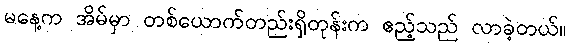
မနေ့က အိမ်မှာ တစ်ယောက်တည်းရှိတုန်းက ဧည့်သည် လာခဲ့တယ်။